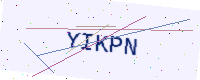
Text: YIKPN